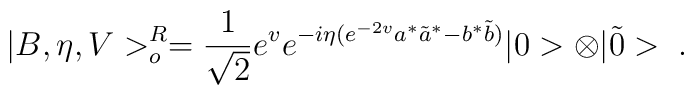
|B,\eta,V>^{R}_{o}= \frac{1}{\sqrt{2}}e^{v}e^{-i\eta(e^{-2v}a^{*}\tilde{a}^{*} -b^{*}\tilde{b})} |0>\otimes|\tilde{0}>\;.